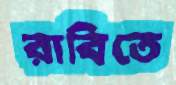
রাবিতে